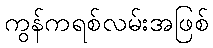
ကွန်ကရစ်လမ်းအဖြစ်